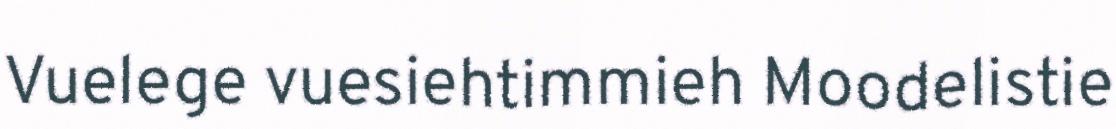
Vuelege vuesiehtimmieh Moodelistie